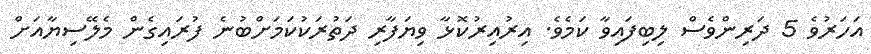
އަހަރުވެ 5 ދަރިންވެސް ލިބިފައިވާ ކަމެވެ. އިރުއިރުކޮޅާ ވިޔަފާރި ދަތުރަކުކަމަށްބުނެ ފުރައިގެން މެލޭސިޔާއަށް